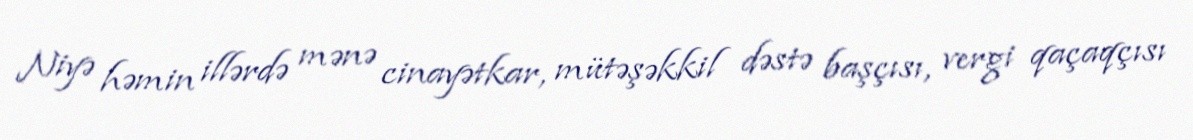
Niyə həmin illərdə mənə cinayətkar, mütəşəkkil dəstə başçısı, vergi qaçaqçısı